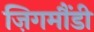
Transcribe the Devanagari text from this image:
ज़िगमौंडी